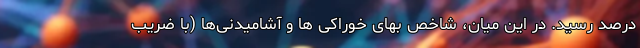
درصد رسید. در این میان، شاخص بهای خوراکی ها و آشامیدنی‌ها (با ضریب